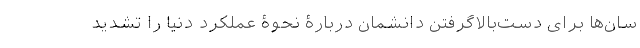
سان‌ها برای دست‌بالاگرفتن دانشمان دربارۀ نحوۀ عملکرد دنیا را تشدید